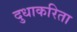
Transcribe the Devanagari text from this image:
दुधाकरिता